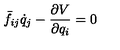
\bar { f } _ { i j } \dot { q } _ { j } - { \frac { \partial V } { \partial q _ { i } } } = 0